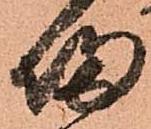
帰